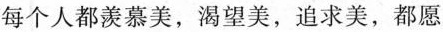
每个人都羡慕美，渴望美，追求美，都愿